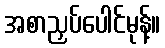
အစာညှပ်ပေါင်မုန့်။